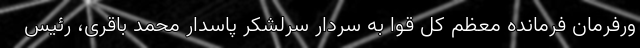
ورفرمان فرمانده معظم کل قوا به سردار سرلشکر پاسدار محمد باقری، رئیس